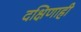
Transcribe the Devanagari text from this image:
दक्षिणाही